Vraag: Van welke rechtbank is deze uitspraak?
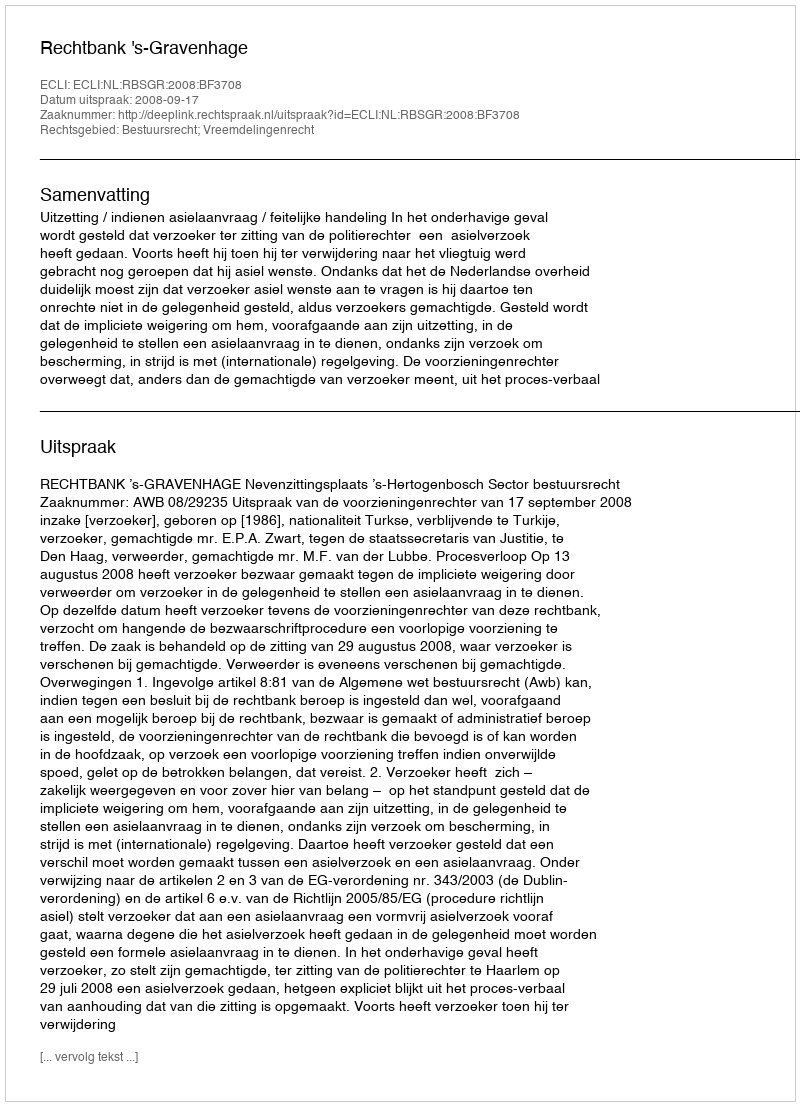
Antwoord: Rechtbank 's-Gravenhage